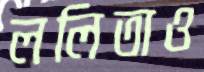
ললিতাও